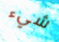
شيء